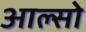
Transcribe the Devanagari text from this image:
आल्सो